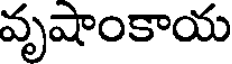
వృషాంకాయ